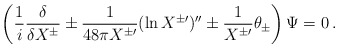
\begin{align*}\left( \frac{1}{i} \frac{\delta}{\delta X^{\pm}} \pm \frac{1}{48 \pi X^{\pm \prime}} (\ln X^{\pm \prime})'' \pm \frac{1}{X^{\pm \prime}} \theta_{\pm} \right) \Psi = 0\,.\end{align*}